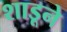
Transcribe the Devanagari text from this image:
शाडूने